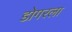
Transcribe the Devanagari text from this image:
डोगरला